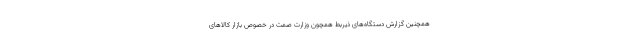
همچنین گزارش دستگاه‌های ذیربط همچون وزارت صمت در خصوص بازار کالاهای